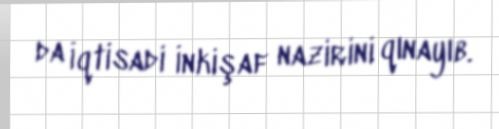
da İqtisadi İnkişaf nazirini qınayıb.